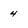
Character: 4